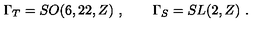
\Gamma _ { T } = S O ( 6 , 2 2 , Z ) \ , \qquad \Gamma _ { S } = S L ( 2 , Z ) \ .